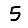
Digit: 5